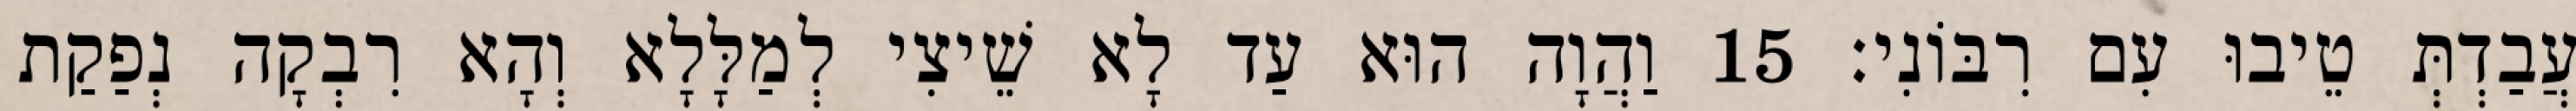
עֲבַדְתְּ טֵיבוּ עִם רִבּוֹנִי׃ 15 וַהֲוָה הוּא עַד לָא שֵׁיצִי לְמַלָּלָא וְהָא רִבְקָה נְפַקַת